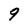
Character: 9